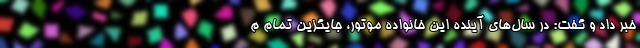
خبر داد و گفت: در سال‌های آینده این خانواده موتور، جایگزین تمام م